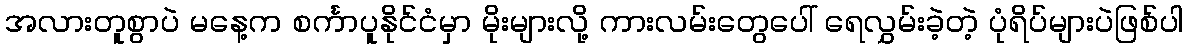
အလားတူစွာပဲ မနေ့က စင်္ကာပူနိုင်ငံမှာ မိုးများလို့ ကားလမ်းတွေပေါ် ရေလွှမ်းခဲ့တဲ့ ပုံရိပ်များပဲဖြစ်ပါ